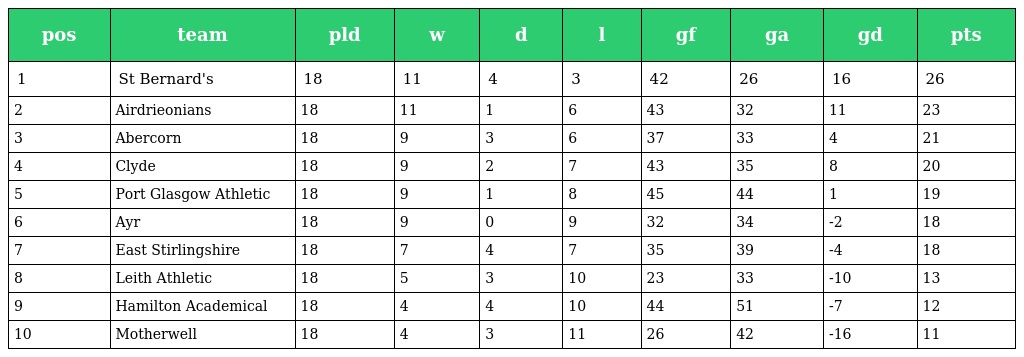
| pos | team | pld | w | d | l | gf | ga | gd | pts |
 | --- | --- | --- | --- | --- | --- | --- | --- | --- | --- |
 | 1 | St Bernard's | 18 | 11 | 4 | 3 | 42 | 26 | 16 | 26 |
 | 2 | Airdrieonians | 18 | 11 | 1 | 6 | 43 | 32 | 11 | 23 |
 | 3 | Abercorn | 18 | 9 | 3 | 6 | 37 | 33 | 4 | 21 |
 | 4 | Clyde | 18 | 9 | 2 | 7 | 43 | 35 | 8 | 20 |
 | 5 | Port Glasgow Athletic | 18 | 9 | 1 | 8 | 45 | 44 | 1 | 19 |
 | 6 | Ayr | 18 | 9 | 0 | 9 | 32 | 34 | -2 | 18 |
 | 7 | East Stirlingshire | 18 | 7 | 4 | 7 | 35 | 39 | -4 | 18 |
 | 8 | Leith Athletic | 18 | 5 | 3 | 10 | 23 | 33 | -10 | 13 |
 | 9 | Hamilton Academical | 18 | 4 | 4 | 10 | 44 | 51 | -7 | 12 |
 | 10 | Motherwell | 18 | 4 | 3 | 11 | 26 | 42 | -16 | 11 |